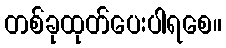
တစ်ခုထုတ်ပေးပါရစေ။